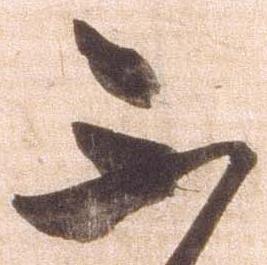
不